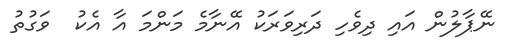
ނޭޕާލުން އައި ދިވެހި ދަރިވަރަކު އޭނާމެ މަންމަ އާ އެކު  ވަގުތު